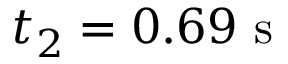
t _ { 2 } = 0 . 6 9 \mathrm { ~ s ~ }